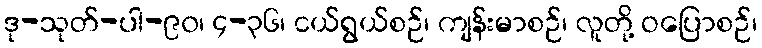
ဒု-သုတ်-ပါ-၉၀၊ ၄-၃၆၊ ငယ်ရွယ်စဉ်၊ ကျန်းမာစဉ်၊ လူတို့ ဝပြောစဉ်၊